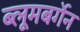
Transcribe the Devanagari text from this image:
ब्लूमबर्गेन